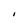
Character: I